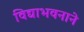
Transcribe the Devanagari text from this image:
विद्याभवनाने